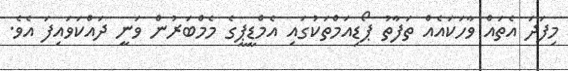
މިފަދަ އެތައް ވާހަކައެއް ތަފާތު ޕޯޑިއަމްތަކުގައި އެމްޑީޕީގެ މެމްބަރުން ވަނީ ދައްކަވައިފަ އެވެ.